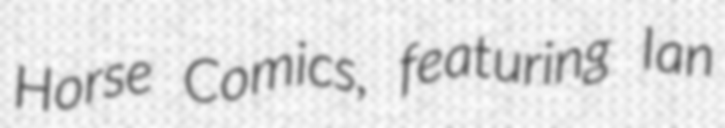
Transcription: Horse Comics, featuring Ian